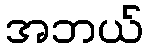
အဘယ်